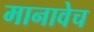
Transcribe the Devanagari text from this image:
मानावेच